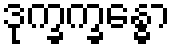
ဒုက္ခက္ခန္ဓော